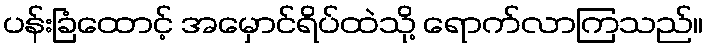
ပန်းခြံထောင့် အမှောင်ရိပ်ထဲသို့ ရောက်လာကြသည်။